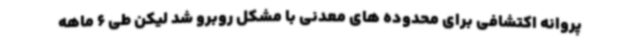
پروانه اکتشافی برای محدوده های معدنی با مشکل روبرو شد لیکن طی 6 ماهه